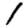
Digit: 1